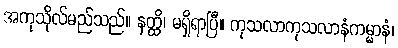
အကုသိုလ်မည်သည်။ နတ္ထိ၊ မရှိရာပြီ။ ကုသလာကုသလာနံကမ္မာနံ၊